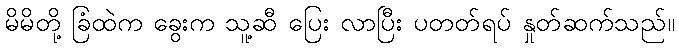
မိမိတို့ ခြံထဲက ခွေးက သူ့ဆီ ပြေး လာပြီး ပတတ်ရပ် နှုတ်ဆက်သည်။